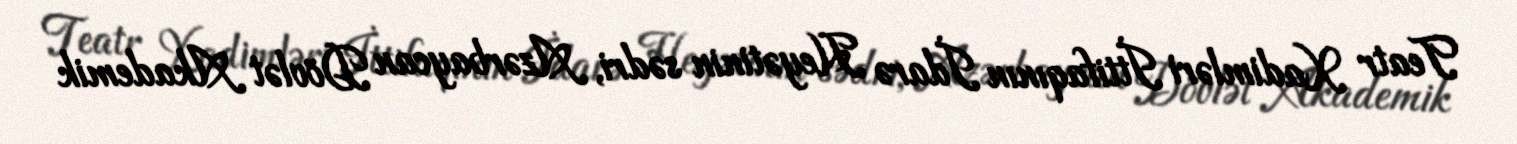
Teatr Xadimləri İttifaqının İdarə Heyətinin sədri, Azərbaycan Dövlət Akademik